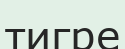
тигре